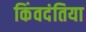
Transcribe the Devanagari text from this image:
किंवदंतिया